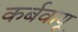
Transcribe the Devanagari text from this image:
कर्बवायू